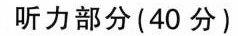
听力部分(40分)